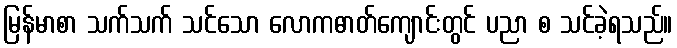
မြန်မာစာ သက်သက် သင်သော လောကဓာတ်ကျောင်းတွင် ပညာ စ သင်ခဲ့ရသည်။